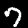
Digit: 7